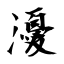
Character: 瀀